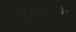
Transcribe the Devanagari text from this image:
ऐम्निआटिक